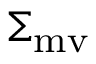
\Sigma _ { \mathrm { m v } }